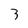
Character: 3